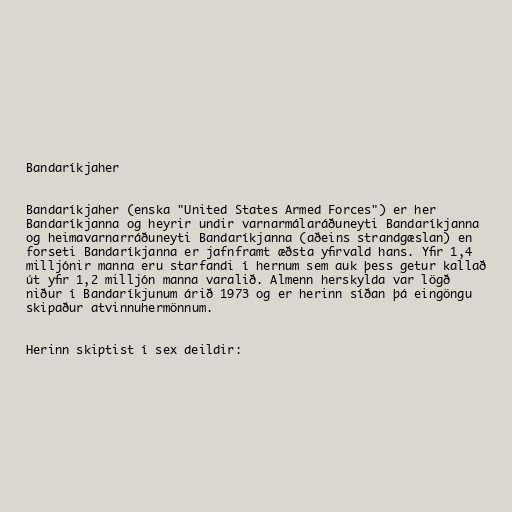
Bandaríkjaher

Bandaríkjaher (enska "United States Armed Forces") er her
Bandaríkjanna og heyrir undir varnarmálaráðuneyti Bandaríkjanna
og heimavarnarráðuneyti Bandaríkjanna (aðeins strandgæslan) en
forseti Bandaríkjanna er jafnframt æðsta yfirvald hans. Yfir 1,4
milljónir manna eru starfandi í hernum sem auk þess getur kallað
út yfir 1,2 milljón manna varalið. Almenn herskylda var lögð
niður í Bandaríkjunum árið 1973 og er herinn síðan þá eingöngu
skipaður atvinnuhermönnum.

Herinn skiptist í sex deildir: